Leaving Certificate Examination, 1924
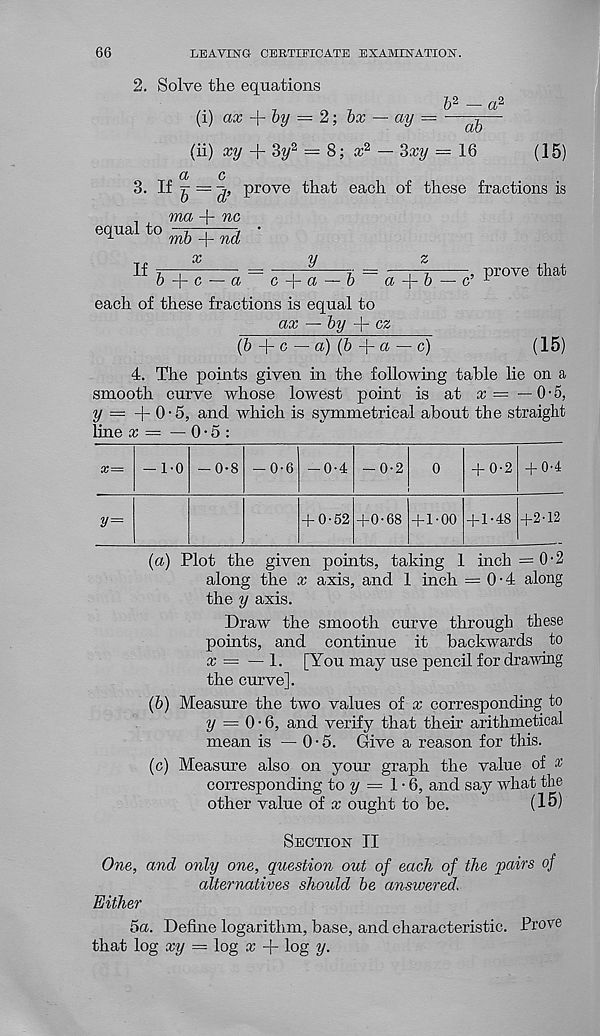
66
LEAVING CERTIFICATE EXAMINATION.
2. Solve the equations
^2
q2
(i) ax + by = 2; bx — ay = —^—
(ii) xy + 3?/ 2 = 8; ce 2 — 3xy — 16
(15)
a
c
3. If ^
prove that each of these fractions is
_
ma + no
equal to —r—;—j •
u
mb + nd
QC
%!
"Z
If t—j
= —;
r = —j—7
, prove that
b —| — c *— a
c Ar a — b
a+o — c’ 1
each of these fractions is equal to
ax — by
cz
(6 + c — a) (6 + a — c)
(15)
4. The points given in the following table lie on a
smooth curve whose lowest point is at x = —0-5,
y = +0-5, and which is symmetrical about the straight
line x — — 0 • 5 :
1-0
0-8
■ 0-6
-0-4
■ 0-2
0-2 + 0-4
+ 0-52 +0-68 + 1-00 + 1-48 +2-12
(a) Plot the given points, taking 1 inch =0-2
along the x axis, and 1 inch = 0-4 along
the y axis.
Draw the smooth curve through these
points, and continue it backwards to
x = —1. [You may use pencil for drawing
the curve].
(b) Measure the two values of x corresponding to
y = 0-6, and verify that their arithmetical
mean is —0-5. Give a reason for this.
(c) Measure also on your graph the value of %
corresponding to y = 1-6, and say what the
other value of x ought to be.
(15)
Section II
One, and only one, question out of each of the pairs of
alternatives should be answered.
Either
5a. Define logarithm, base, and characteristic. Prove
that log xy = log x + log y.